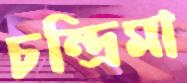
চন্দ্রিমা